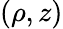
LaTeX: (\rho,z)